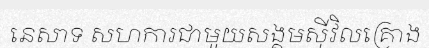
នេសាទ សហការជាមួយសង្គមស៊ីវិលគ្រោង